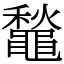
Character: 䵸